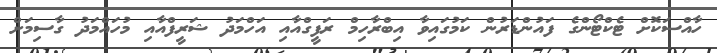
ހާއްސަކޮށް ޓެކްޓޯންގެ ފައުންޑަރުން ކަމުގައިވާ އިބްރާހިމް ރަފީގްއާއި އަހްމަދު ޝަރީފްއާއި މުހައްމަދު ގާސިމަށް